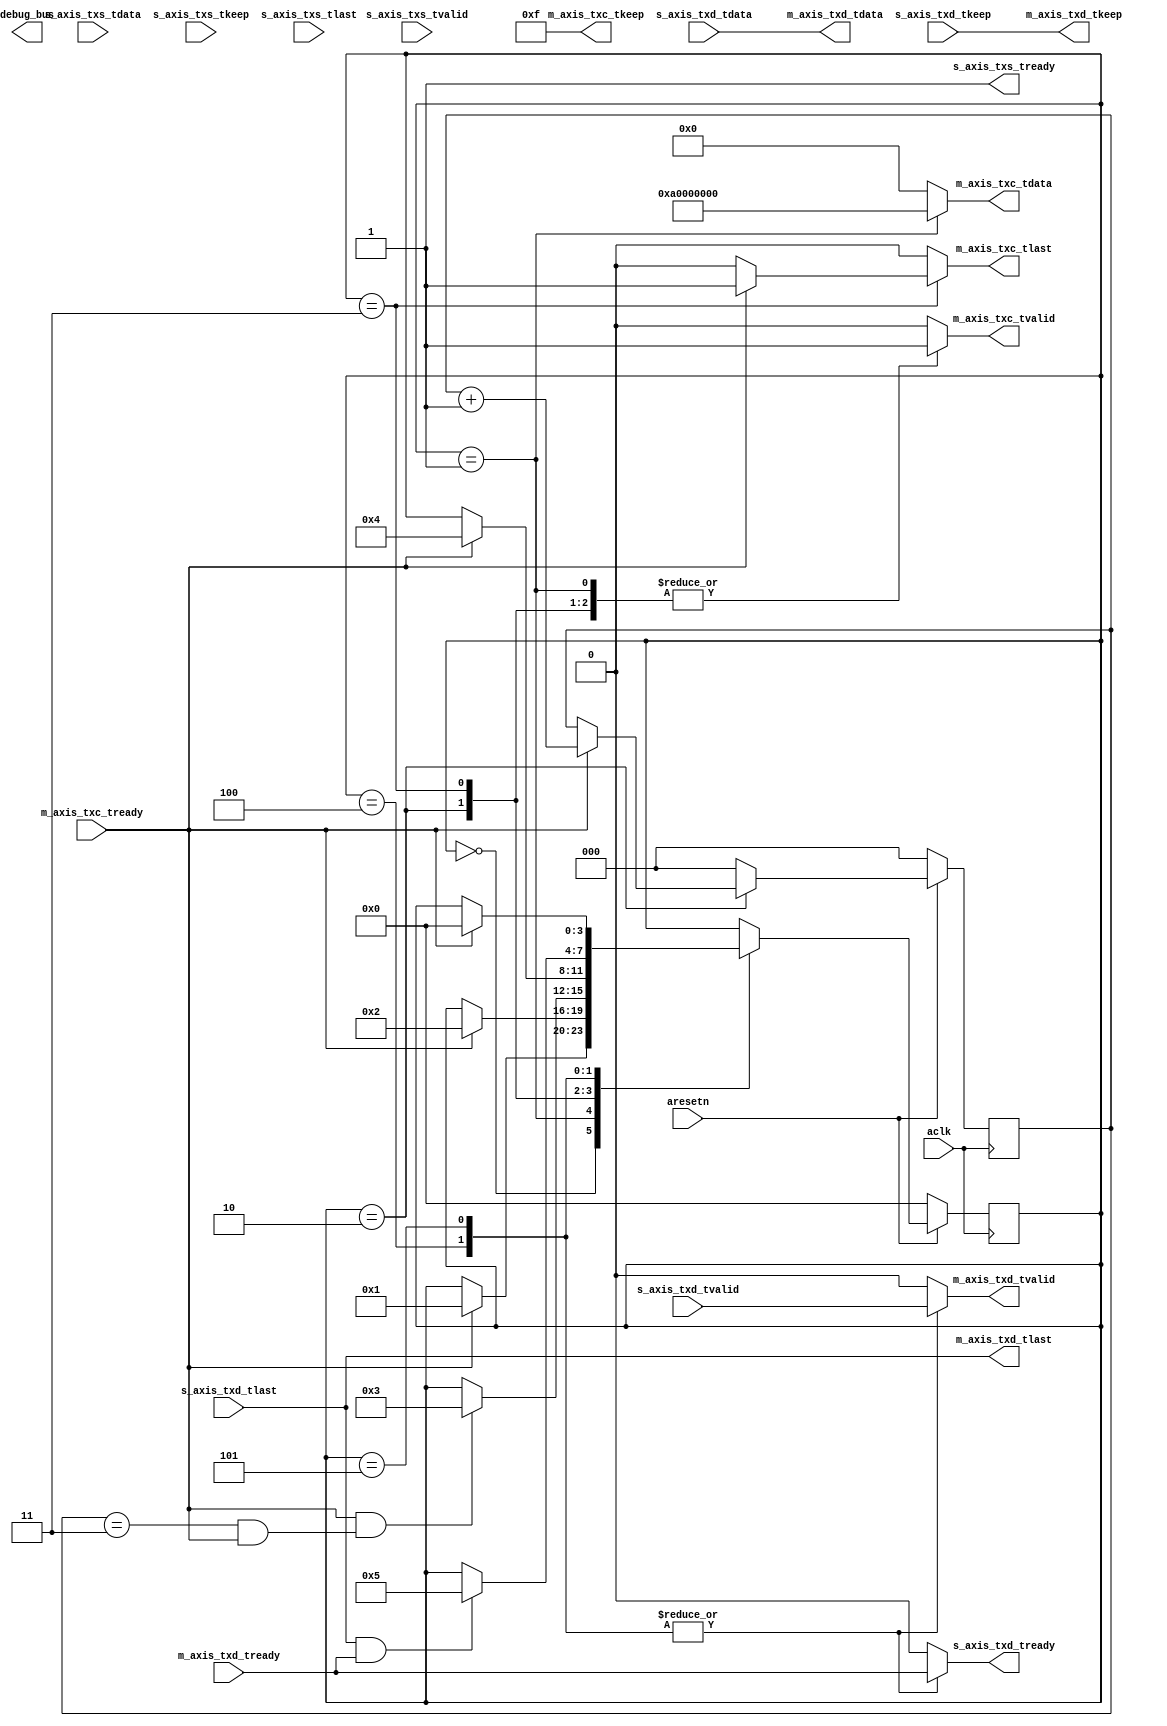
`timescale 1 ns / 1 ps

module axi_ethernet_bridge #
        (
        parameter integer C_TDATA_WIDTH = 32
        )
        (
        // Ports of Axi Slave Bus Interface s_data
        input wire                  aclk,
        input wire                  aresetn,

        output wire [7:0]           debug_bus,

        output reg                           s_axis_txd_tready,
        input wire [C_TDATA_WIDTH-1 : 0]     s_axis_txd_tdata,
        input wire [(C_TDATA_WIDTH/8)-1 : 0] s_axis_txd_tkeep,
        input wire                           s_axis_txd_tlast,
        input wire                           s_axis_txd_tvalid,

        output wire                          s_axis_txs_tready,
        input wire [C_TDATA_WIDTH-1 : 0]     s_axis_txs_tdata,
        input wire [(C_TDATA_WIDTH/8)-1 : 0] s_axis_txs_tkeep,
        input wire                           s_axis_txs_tlast,
        input wire                           s_axis_txs_tvalid,

        // Ports of Axi Master Bus Interface m_axis_txc
        input wire                            m_axis_txc_tready,
        output wire [C_TDATA_WIDTH-1 : 0]     m_axis_txc_tdata,
        output wire [(C_TDATA_WIDTH/8)-1 : 0] m_axis_txc_tkeep,
        output reg                            m_axis_txc_tlast,
        output reg                            m_axis_txc_tvalid,

        // Ports of Axi Master Bus Interface m_axis_txd
        output reg                            m_axis_txd_tvalid,
        output wire [C_TDATA_WIDTH-1 : 0]     m_axis_txd_tdata,
        output wire [(C_TDATA_WIDTH/8)-1 : 0] m_axis_txd_tkeep,
        output wire                           m_axis_txd_tlast,
        input wire                            m_axis_txd_tready
        );

    localparam NB_DELAY                    = 0.2;
    localparam A_DELAY                     = 1;
    // Add user logic here
    parameter WAIT_CTRL_READY              = 4'h0;
    parameter CTRL_WD_0                    = 4'h1;
    parameter CTRL_WD_1                    = 4'h2;
    parameter CTRL_WD_2                    = 4'h3;
    parameter DATA_STREAM_0                = 4'h4;
    parameter DATA_STREAM_1                = 4'h5;

    reg [3:0]                  state, state_next;
    reg [2:0]                  counter, counter_next;
    wire                       counter_stop;
    reg [C_TDATA_WIDTH+(C_TDATA_WIDTH/8)+1:0]                 status, status_next;
    wire [C_TDATA_WIDTH+(C_TDATA_WIDTH/8)+1:0]                status_port;
    wire [2:0]                 counter_plus1;
    reg                        s_txd_tlast_r, s_txd_tlast_next;

    //debug
    /*
    (* mark_debug = "yes" *) wire [7:0]      state_out = {4'b0,state};
    assign debug_bus [7:0]      = state_out;
    */
    // ------------- Logic ----------------

    // AXIS
    assign m_axis_txd_tdata = s_axis_txd_tdata;
    assign m_axis_txd_tkeep = s_axis_txd_tkeep;
    assign m_axis_txd_tlast = s_axis_txd_tlast;
    assign m_axis_txc_tdata    = (state == CTRL_WD_0) ? {4'ha,28'h0} : {32'h0};
    assign m_axis_txc_tkeep    = 4'hf;
    assign s_axis_txs_tready   = 1'b1;

    // Other assignments
    assign counter_plus1       = counter + 1'b1;
    assign counter_stop        = ((counter == 3'h3) && m_axis_txc_tready);
    assign status_port        = {s_axis_txs_tdata,s_axis_txs_tkeep,s_axis_txs_tvalid,s_axis_txs_tlast};

    always @(*) begin : TXC
        state_next = state;
        status_next = status_port;
        m_axis_txc_tlast = 1'b0;
        m_axis_txc_tvalid = 1'b0;
        m_axis_txd_tvalid = 1'b0;
        s_axis_txd_tready = 1'b0;
        s_txd_tlast_next = s_txd_tlast_r;
        case(state)
            WAIT_CTRL_READY: begin
                s_txd_tlast_next = 1'b0;
                if (m_axis_txc_tready) begin
                    state_next = CTRL_WD_0;
                end
            end
            CTRL_WD_0: begin
                m_axis_txc_tvalid = 1'b1;
                if (m_axis_txc_tready) begin
                    state_next = CTRL_WD_1;
                end
            end
            CTRL_WD_1: begin
                m_axis_txc_tvalid = 1'b1;
                if (m_axis_txc_tready && counter_stop) begin
                    state_next = CTRL_WD_2;
                end
            end
            CTRL_WD_2: begin
                m_axis_txc_tvalid = 1'b1;
                if (m_axis_txc_tready) begin
                    m_axis_txc_tlast = 1'b1;
                    state_next = DATA_STREAM_0;
                end
            end
            DATA_STREAM_0: begin
                m_axis_txd_tvalid = s_axis_txd_tvalid;
                s_axis_txd_tready = m_axis_txd_tready;
                if (s_axis_txd_tlast && m_axis_txd_tready) begin
                        state_next = DATA_STREAM_1;

                end
            end
            DATA_STREAM_1: begin
                m_axis_txd_tvalid = s_axis_txd_tvalid;
                s_axis_txd_tready = m_axis_txd_tready;
                if (m_axis_txc_tready) begin
                        state_next = WAIT_CTRL_READY;
                end
            end
        endcase
    end//always

    always @(*) begin: COUNTER
        counter_next = counter;
        case (state)
            CTRL_WD_1: begin
                if (m_axis_txc_tready) begin
                    counter_next = counter_plus1;
                end
            end
            default: begin
                counter_next = 3'h0;
            end
        endcase
    end//always

    always @(posedge aclk) begin
        if(~aresetn) begin
            state <= #NB_DELAY WAIT_CTRL_READY;
            counter <= #NB_DELAY 3'b0;
            status <= #NB_DELAY 38'b0;
            s_txd_tlast_r <= #NB_DELAY 1'b0;
        end
        else begin
            state <= #NB_DELAY state_next;
            counter <= #NB_DELAY counter_next;
            status <= #NB_DELAY status_next;
            s_txd_tlast_r <= #NB_DELAY s_txd_tlast_next;
        end
    end
endmodule